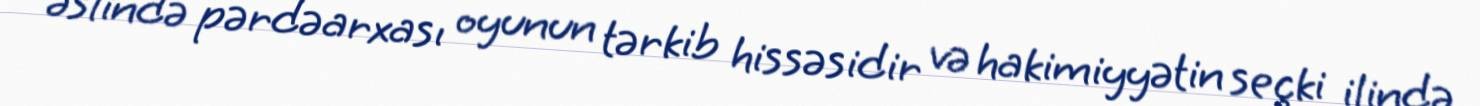
əslində pərdəarxası oyunun tərkib hissəsidir və hakimiyyətin seçki ilində